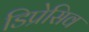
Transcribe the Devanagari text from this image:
डिप्रेसिव